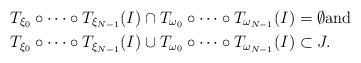
LaTeX: \begin{align*} & T_{\xi_{0}}\circ\cdots\circ T_{\xi_{N-1}}(I)\cap T_{\omega_{0}}\circ\cdots\circ T_{\omega_{N-1}}(I)=\emptyset\mbox{and}\\& T_{\xi_{0}}\circ\cdots\circ T_{\xi_{N-1}}(I)\cup T_{\omega_{0}}\circ\cdots\circ T_{\omega_{N-1}}(I)\subset J.\end{align*}